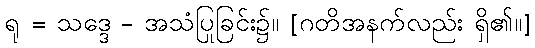
ရု = သဒ္ဒေ - အသံပြုခြင်း၌။ [ဂတိအနက်လည်း ရှိ၏။]